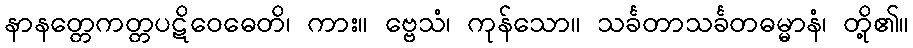
နာနတ္တေကတ္တပဋိဝေဓေတိ၊ ကား။ ဗ္ဗေသံ၊ ကုန်သော။ သင်္ခတာသင်္ခတဓမ္မာနံ၊ တို့၏။